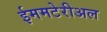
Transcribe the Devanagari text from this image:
ईममटेरीअल